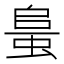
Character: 𧋰